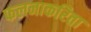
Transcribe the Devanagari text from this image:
फलनाकरिता